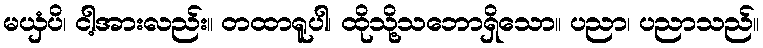
မယှံပိ၊ ငါ့အားလည်း။ တထာရူပါ၊ ထိုသို့သဘောရှိသော။ ပညာ၊ ပညာသည်။